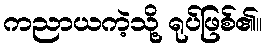
ကညာယကဲ့သို့ ရုပ်ဖြစ်၏။